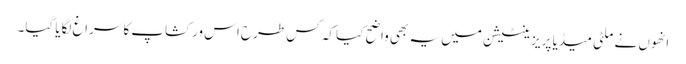
انھوں نے ملٹی میڈیا پریزینٹیشن میں یہ بھی واضح کیا کہ کس طرح اس ورکشاپ کا سراغ لگایا گیا۔